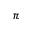
\pi